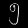
Digit: ၅